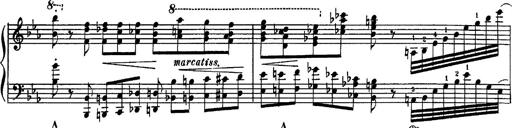
Title: Fantaisie sur des motifs favoris de l'opÃ©ra 'La sonnambula'
Composer: Franz Liszt